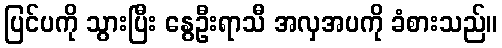
ပြင်ပကို သွားပြီး နွေဦးရာသီ အလှအပကို ခံစားသည်။